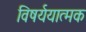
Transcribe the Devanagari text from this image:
विषर्ययात्मक